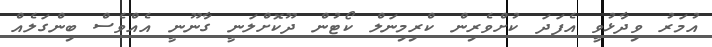
އުމަރު ވިދާޅުވީ އެފަދަ ކުށްވެރިން ކްރިމިނަލް ކޯޓުން ދޫކޮށްލަނީ ގާނޫނީ އެއްވެސް ބިންގަލެއް